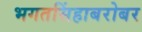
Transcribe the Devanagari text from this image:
भगतसिंहाबरोबर